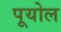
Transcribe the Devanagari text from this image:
पूयोल